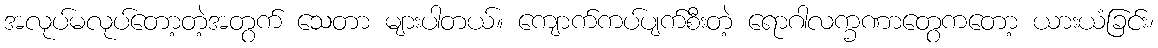
အလုပ်မလုပ်တော့တဲ့အတွက် သေတာ များပါတယ်။ ကျောက်ကပ်ပျက်စီးတဲ့ ရောဂါလက္ခဏာတွေကတော့ ယားယံခြင်း၊